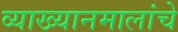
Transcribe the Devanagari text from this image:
व्याख्यानमालांचे